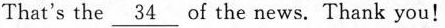
That's the \underline{34} of the news. Thank you!